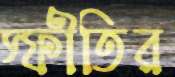
স্ফীতির